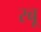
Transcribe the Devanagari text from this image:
रबू